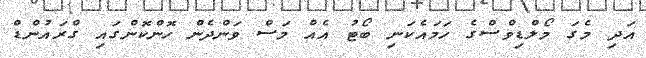
އަދި މެގަ މޯލްޑިވްސްގެ ހަމައެކަނި ބޯޓު އެއް މަސް ވަންދެން ހޮންކޮންގައި ގްރައުންޑް